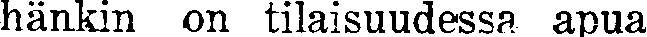
hänkin on tilaisuudessa apua